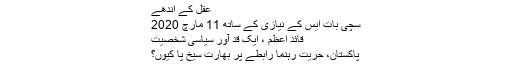
عقل کے اندھے
سچی بات ایس کے نیازی کے ساتھ 11 مارچ 2020
قائد اعظمؒ ، ایک قد آور سیاسی شخصیت
پاکستان، حریت رہنما رابطے پر بھارت سیخ پا کیوں؟